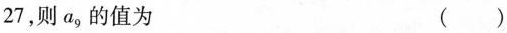
= 2 7$$，则a_{9}的值为 ( )